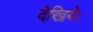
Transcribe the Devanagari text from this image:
देखियेः